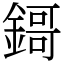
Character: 鎶